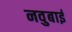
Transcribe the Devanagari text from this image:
नवुबाई